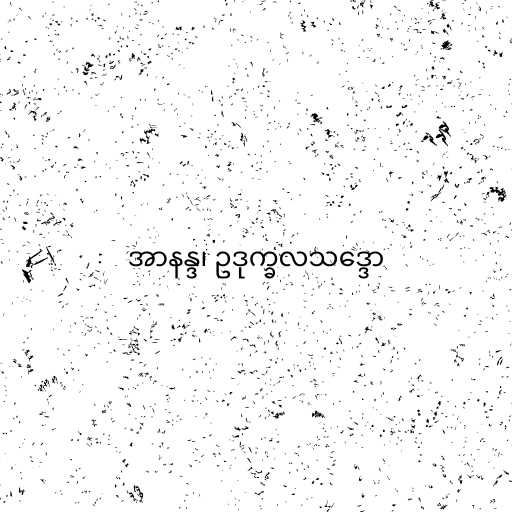
အာနန္ဒ၊ ဥဒုက္ခလသဒ္ဒော